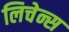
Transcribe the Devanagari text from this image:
लिचेन्स